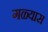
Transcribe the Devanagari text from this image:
गळ्यास